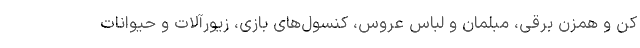
کن و همزن برقی، مبلمان و لباس عروس، کنسول‌های بازی، زیورآلات و حیوانات